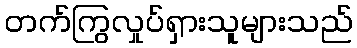
တက်ကြွလှုပ်ရှားသူများသည်